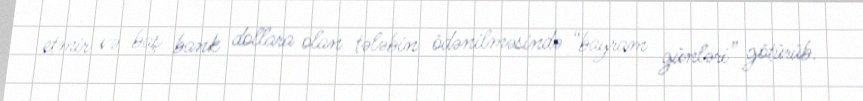
etmir və baş bank dollara olan tələbin ödənilməsində “bayram günləri” götürüb.